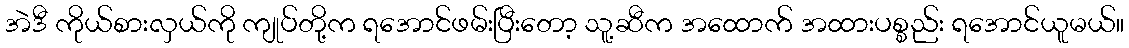
အဲဒီ ကိုယ်စားလှယ်ကို ကျုပ်တို့က ရအောင်ဖမ်းပြီးတော့ သူ့ဆီက အထောက် အထားပစ္စည်း ရအောင်ယူမယ်။